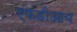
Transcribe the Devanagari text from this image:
एफडीआय